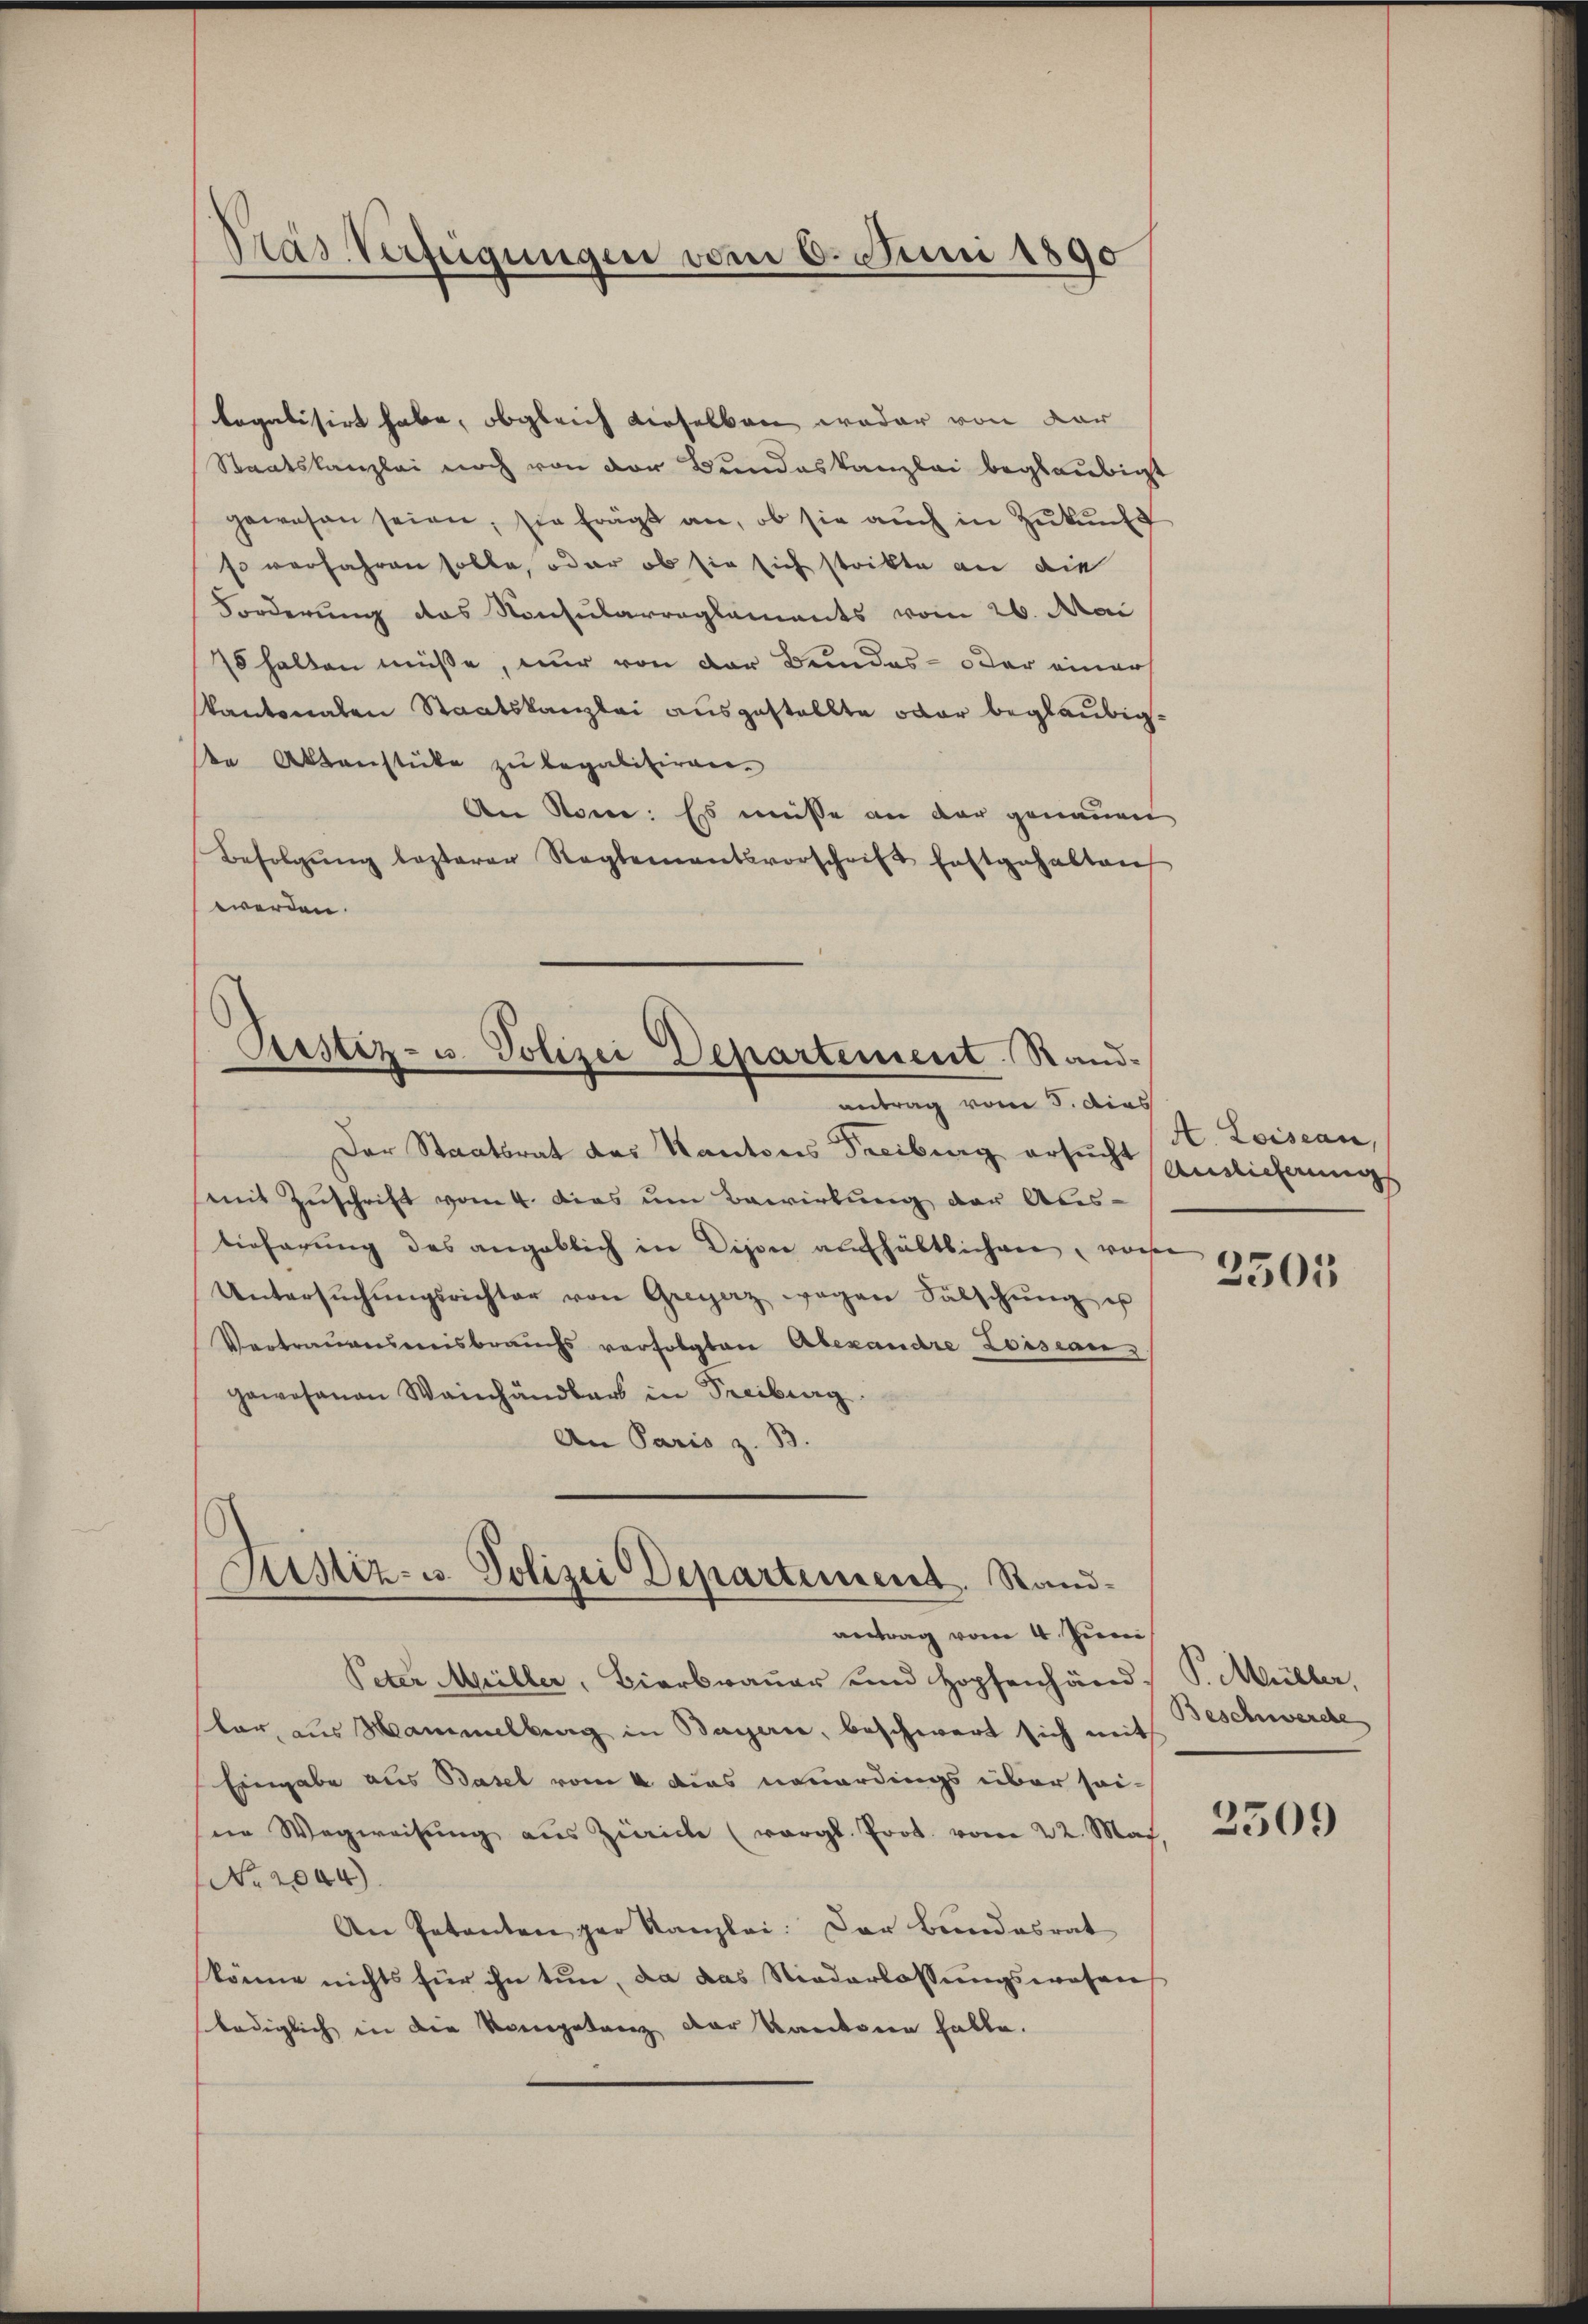
Pras Verfügungen vom 6. Juni 1890

Pestiz- u. Polizei Departement Randantrag vom 5. dies

legalisirt habe, obgleich dieselben weder von der
Staatskanzlei noch von der Bundeskanzlei beglaubigt
gewesen seien, sie frägt an, ob sie aŭch in Zŭkŭnft
so verfahren solle, oder ob sie sich strikte an die
Forderung das Konsularreglements vom 26. Mai
75 halten müße, nur von der Bundes- oder einer
kantonalen Staatskanzlei ausgestellte oder beglaubige Aktenstücke zu legalitiren.
An Stone: Es müsse an der genauen
Befolgŭng besterer Reglementsvorschrift festgehalten
werden.
Der Staatsrat des Kantons Freiburg ersŭcht
mit Zuschrift vom 4. Das um Bewirkung der Aus-
tieferung des angeblich in Dison aufhältlichen, wone
Untersŭchŭngsrichter von Greyerz wegen Sälschŭng u
Vertrauensweisbrauchs verfolgten Abexandre Loisean
ewosanen Weinhändbars in Freiburg.
An Paris z. B.
Astiz- u. Polizei Departement. Standantrag vom 4. Juni
Peter Miller, Bierbrauer und Hopfenhänd
lar, aus Hammelburg in Bayerne, beschwert sich mit Beschwerde
Eingabe aus Basel vom 4. dies neuerdings über sei-
ne Wegweisung aus Zürich (vergl. Prot. vom 22. Mai
No. 2044).
An Petenten per Kanzlei: Der Bundesrat
könne nichts für ihn tun, da das Niederlassungswesen
lediglich in die Kompetenz der Kantonen halte.

A. Loisean,
Ainlicherungs

2503

P. Müller,

2509